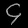
Digit: ၄